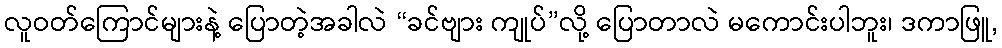
လူဝတ်ကြောင်များနဲ့ ပြောတဲ့အခါလဲ “ခင်ဗျား ကျုပ်”လို့ ပြောတာလဲ မကောင်းပါဘူး၊ ဒကာဖြူ,